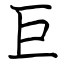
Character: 巨